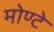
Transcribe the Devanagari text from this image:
मोण्टे